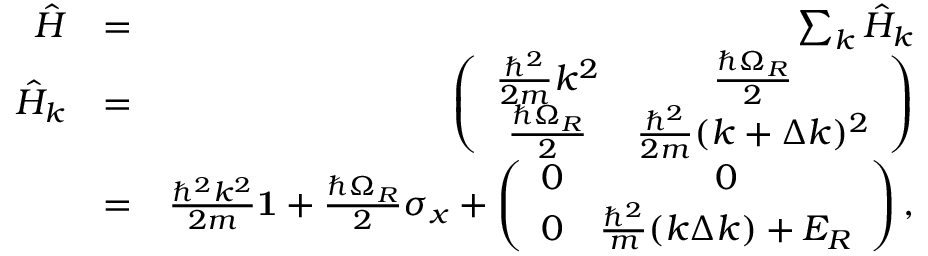
\begin{array} { r l r } { \hat { H } } & { = } & { \sum _ { k } \hat { H } _ { k } } \\ { \hat { H } _ { k } } & { = } & { \left( \begin{array} { c c } { \frac { \hbar ^ { 2 } } { 2 m } k ^ { 2 } } & { \frac { \hbar \Omega _ { R } } { 2 } } \\ { \frac { \hbar \Omega _ { R } } { 2 } } & { \frac { \hbar ^ { 2 } } { 2 m } ( k + \Delta k ) ^ { 2 } } \end{array} \right) } \\ & { = } & { \frac { \hbar ^ { 2 } k ^ { 2 } } { 2 m } \mathbf { 1 } + \frac { \hbar \Omega _ { R } } { 2 } \sigma _ { x } + \left( \begin{array} { c c } { 0 } & { 0 } \\ { 0 } & { \frac { \hbar ^ { 2 } } { m } ( k \Delta k ) + E _ { R } } \end{array} \right) , } \end{array}